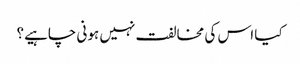
کیا اس کی مخالفت نہیں ہونی چاہیے؟